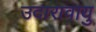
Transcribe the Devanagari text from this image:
उदारावायु